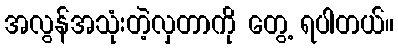
အလွန်အသုံးတဲ့လှတာကို တွေ့ ရပါတယ်။